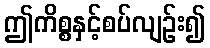
ဤကိစ္စနှင့်စပ်လျဉ်း၍